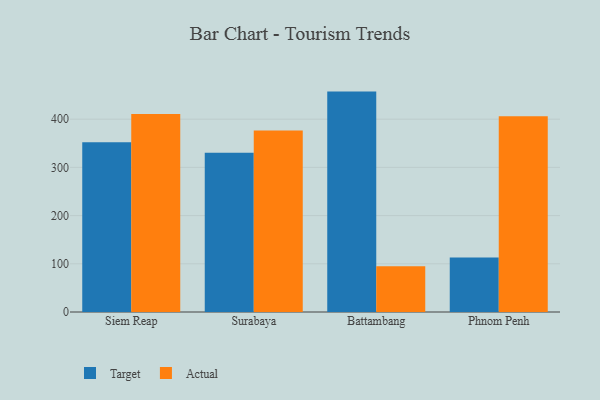
{"axis": {"x": "City", "y": "Customer Acquisition Cost (USD)"}, "legend": ["Actual", "Target"], "data": [{"x": "Siem Reap", "y": 352.0, "type": "Target"}, {"x": "Siem Reap", "y": 410.8, "type": "Actual"}, {"x": "Surabaya", "y": 330.2, "type": "Target"}, {"x": "Surabaya", "y": 376.3, "type": "Actual"}, {"x": "Battambang", "y": 457.2, "type": "Target"}, {"x": "Battambang", "y": 95.0, "type": "Actual"}, {"x": "Phnom Penh", "y": 112.8, "type": "Target"}, {"x": "Phnom Penh", "y": 406.0, "type": "Actual"}]}